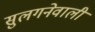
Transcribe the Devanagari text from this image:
सुलगनेवाली